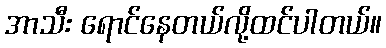
အာသီး ရောင်နေတယ်လို့ထင်ပါတယ်။